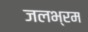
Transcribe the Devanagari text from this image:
जलभ्रम